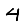
Digit: 4